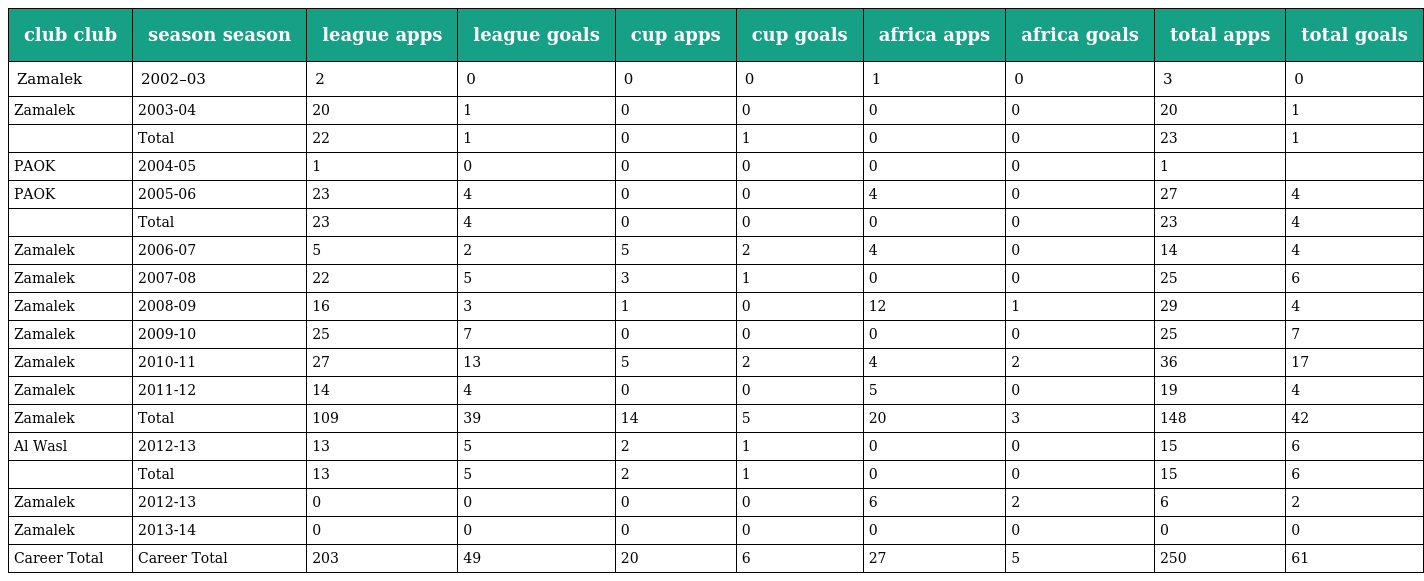
| club club | season season | league apps | league goals | cup apps | cup goals | africa apps | africa goals | total apps | total goals |
 | --- | --- | --- | --- | --- | --- | --- | --- | --- | --- |
 | Zamalek | 2002–03 | 2 | 0 | 0 | 0 | 1 | 0 | 3 | 0 |
 | Zamalek | 2003-04 | 20 | 1 | 0 | 0 | 0 | 0 | 20 | 1 |
 |  | Total | 22 | 1 | 0 | 1 | 0 | 0 | 23 | 1 |
 | PAOK | 2004-05 | 1 | 0 | 0 | 0 | 0 | 0 | 1 |  |
 | PAOK | 2005-06 | 23 | 4 | 0 | 0 | 4 | 0 | 27 | 4 |
 |  | Total | 23 | 4 | 0 | 0 | 0 | 0 | 23 | 4 |
 | Zamalek | 2006-07 | 5 | 2 | 5 | 2 | 4 | 0 | 14 | 4 |
 | Zamalek | 2007-08 | 22 | 5 | 3 | 1 | 0 | 0 | 25 | 6 |
 | Zamalek | 2008-09 | 16 | 3 | 1 | 0 | 12 | 1 | 29 | 4 |
 | Zamalek | 2009-10 | 25 | 7 | 0 | 0 | 0 | 0 | 25 | 7 |
 | Zamalek | 2010-11 | 27 | 13 | 5 | 2 | 4 | 2 | 36 | 17 |
 | Zamalek | 2011-12 | 14 | 4 | 0 | 0 | 5 | 0 | 19 | 4 |
 | Zamalek | Total | 109 | 39 | 14 | 5 | 20 | 3 | 148 | 42 |
 | Al Wasl | 2012-13 | 13 | 5 | 2 | 1 | 0 | 0 | 15 | 6 |
 |  | Total | 13 | 5 | 2 | 1 | 0 | 0 | 15 | 6 |
 | Zamalek | 2012-13 | 0 | 0 | 0 | 0 | 6 | 2 | 6 | 2 |
 | Zamalek | 2013-14 | 0 | 0 | 0 | 0 | 0 | 0 | 0 | 0 |
 | Career Total | Career Total | 203 | 49 | 20 | 6 | 27 | 5 | 250 | 61 |